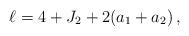
LaTeX: \begin{align*}\ell = 4 + J_2 + 2(a_1+a_2) \, ,\end{align*}